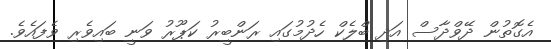
އެގޮތުން ދޭވްދާސް އަދި ބްލެކް ހެދުމުގައި ރަންބީރު ކަޕޫރު ވަނީ ބައިވެރި ވެފައެވެ.